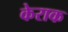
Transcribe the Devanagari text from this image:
केराक